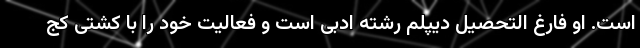
است. او فارغ التحصیل دیپلم رشته ادبی است و فعالیت خود را با کشتی کج